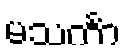
မသင်္ကာ